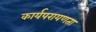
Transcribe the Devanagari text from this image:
कार्यपरायणता